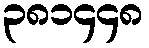
၃၈၁၄၄၈